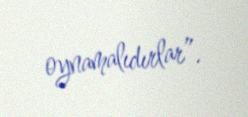
oynamalıdırlar”.